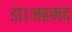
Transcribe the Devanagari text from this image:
डा।अहमद